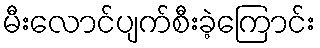
မီးလောင်ပျက်စီးခဲ့ကြောင်း